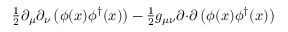
{ \textstyle { \frac { 1 } { 2 } } } \partial _ { \mu } \partial _ { \nu } \left( \phi ( x ) \phi ^ { \dagger } ( x ) \right) - { \textstyle { \frac { 1 } { 2 } } } g _ { \mu \nu } \partial { \cdot } \partial \left( \phi ( x ) \phi ^ { \dagger } ( x ) \right)